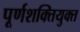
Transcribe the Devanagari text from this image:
पूर्णशक्तियुक्त